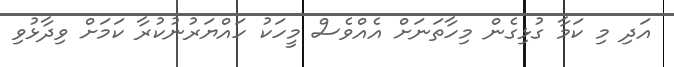
އަދި މި ކަމާ ގުޅިގެން މިހާތަނަށް އެއްވެސް މީހަކު ހައްޔަރުނުކުރާ ކަމަށް ވިދާޅުވި